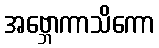
အဗ္ဘောကာသိကော